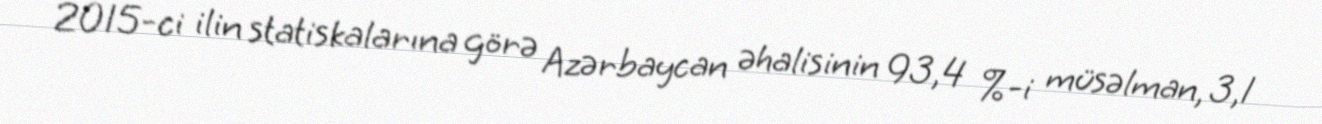
2015-ci ilin statiskalarına görə Azərbaycan əhalisinin 93,4 %-i müsəlman, 3,1